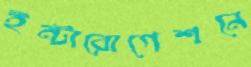
ইন্টারোগেশনে